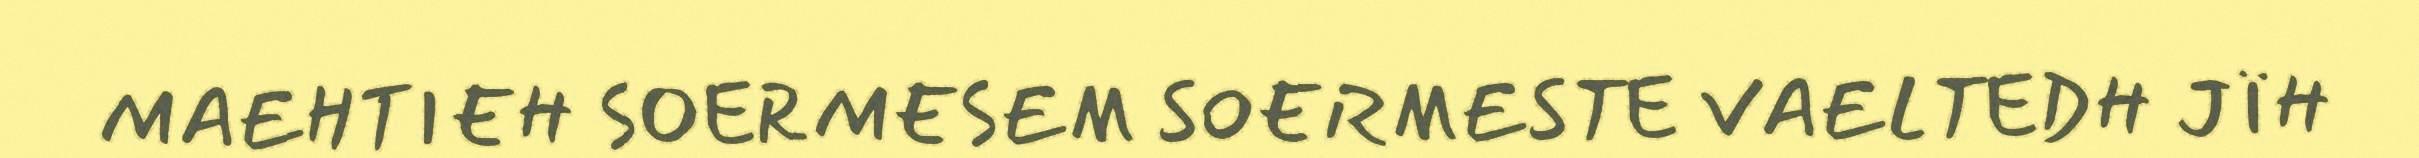
MAEHTIEH SOERMESEM SOERMESTE VAELTEDH JÏH